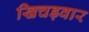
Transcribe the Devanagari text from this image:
खिचड़वार